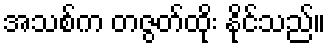
အသစ်က တဇွတ်ထိုး နိုင်သည်။